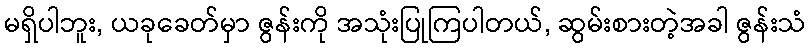
မရှိပါဘူး, ယခုခေတ်မှာ ဇွန်းကို အသုံးပြုကြပါတယ်, ဆွမ်းစားတဲ့အခါ ဇွန်းသံ